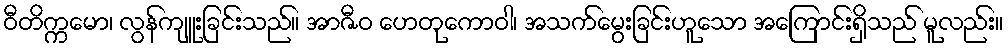
ဝီတိက္ကမော၊ လွန်ကျူးခြင်းသည်။ အာဇီဝ ဟေတုကောဝါ၊ အသက်မွေးခြင်းဟူသော အကြောင်းရှိသည် မူလည်း။